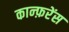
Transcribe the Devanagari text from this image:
कान्फ़रेंस